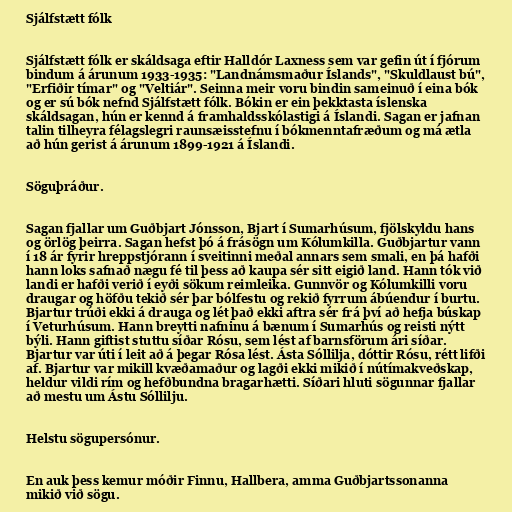
Sjálfstætt fólk

Sjálfstætt fólk er skáldsaga eftir Halldór Laxness sem var gefin út í fjórum
bindum á árunum 1933-1935: "Landnámsmaður Íslands", "Skuldlaust bú",
"Erfiðir tímar" og "Veltiár". Seinna meir voru bindin sameinuð í eina bók
og er sú bók nefnd Sjálfstætt fólk. Bókin er ein þekktasta íslenska
skáldsagan, hún er kennd á framhaldsskólastigi á Íslandi. Sagan er jafnan
talin tilheyra félagslegri raunsæisstefnu í bókmenntafræðum og má ætla
að hún gerist á árunum 1899-1921 á Íslandi.

Söguþráður.

Sagan fjallar um Guðbjart Jónsson, Bjart í Sumarhúsum, fjölskyldu hans
og örlög þeirra. Sagan hefst þó á frásögn um Kólumkilla. Guðbjartur vann
í 18 ár fyrir hreppstjórann í sveitinni meðal annars sem smali, en þá hafði
hann loks safnað nægu fé til þess að kaupa sér sitt eigið land. Hann tók við
landi er hafði verið í eyði sökum reimleika. Gunnvör og Kólumkilli voru
draugar og höfðu tekið sér þar bólfestu og rekið fyrrum ábúendur í burtu.
Bjartur trúði ekki á drauga og lét það ekki aftra sér frá því að hefja búskap
í Veturhúsum. Hann breytti nafninu á bænum í Sumarhús og reisti nýtt
býli. Hann giftist stuttu síðar Rósu, sem lést af barnsförum ári síðar.
Bjartur var úti í leit að á þegar Rósa lést. Ásta Sóllilja, dóttir Rósu, rétt lifði
af. Bjartur var mikill kvæðamaður og lagði ekki mikið í nútímakveðskap,
heldur vildi rím og hefðbundna bragarhætti. Síðari hluti sögunnar fjallar
að mestu um Ástu Sóllilju.

Helstu sögupersónur.

En auk þess kemur móðir Finnu, Hallbera, amma Guðbjartssonanna
mikið við sögu.